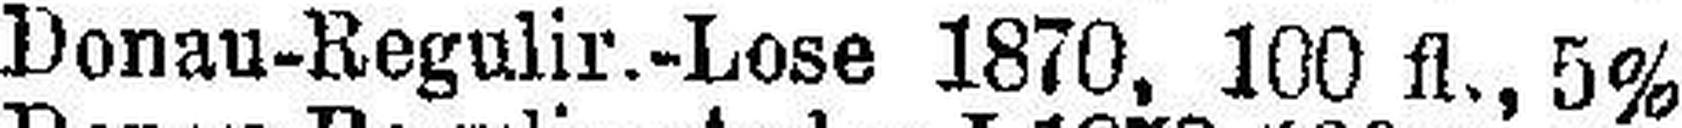
Donau-Regulir.-Lose 1870, 100 fl., 5%